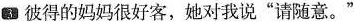
3彼得的妈妈很好客,她对我说"请随意。”